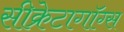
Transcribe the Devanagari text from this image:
सीक्रेटागॉग्स